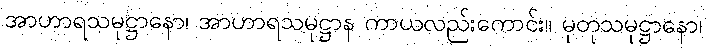
အာဟာရသမုဋ္ဌာနော၊ အာဟာရသမုဋ္ဌာန ကာယလည်းကောင်း။ မုတုသမုဋ္ဌာနော၊